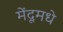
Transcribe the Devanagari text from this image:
मेंदूमधे